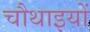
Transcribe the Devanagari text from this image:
चौथाइयों